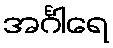
အင်္ဂါရေ